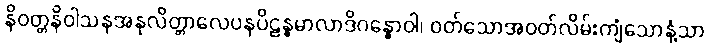
နိဝတ္တနိဝါသနအနုလိတ္တာလေပနပိဠန္ဓမာလာဒိဂန္ဓောဝါ၊ ဝတ်သောအဝတ်လိမ်းကျံသောနံ့သာ